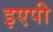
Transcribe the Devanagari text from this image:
इएपी